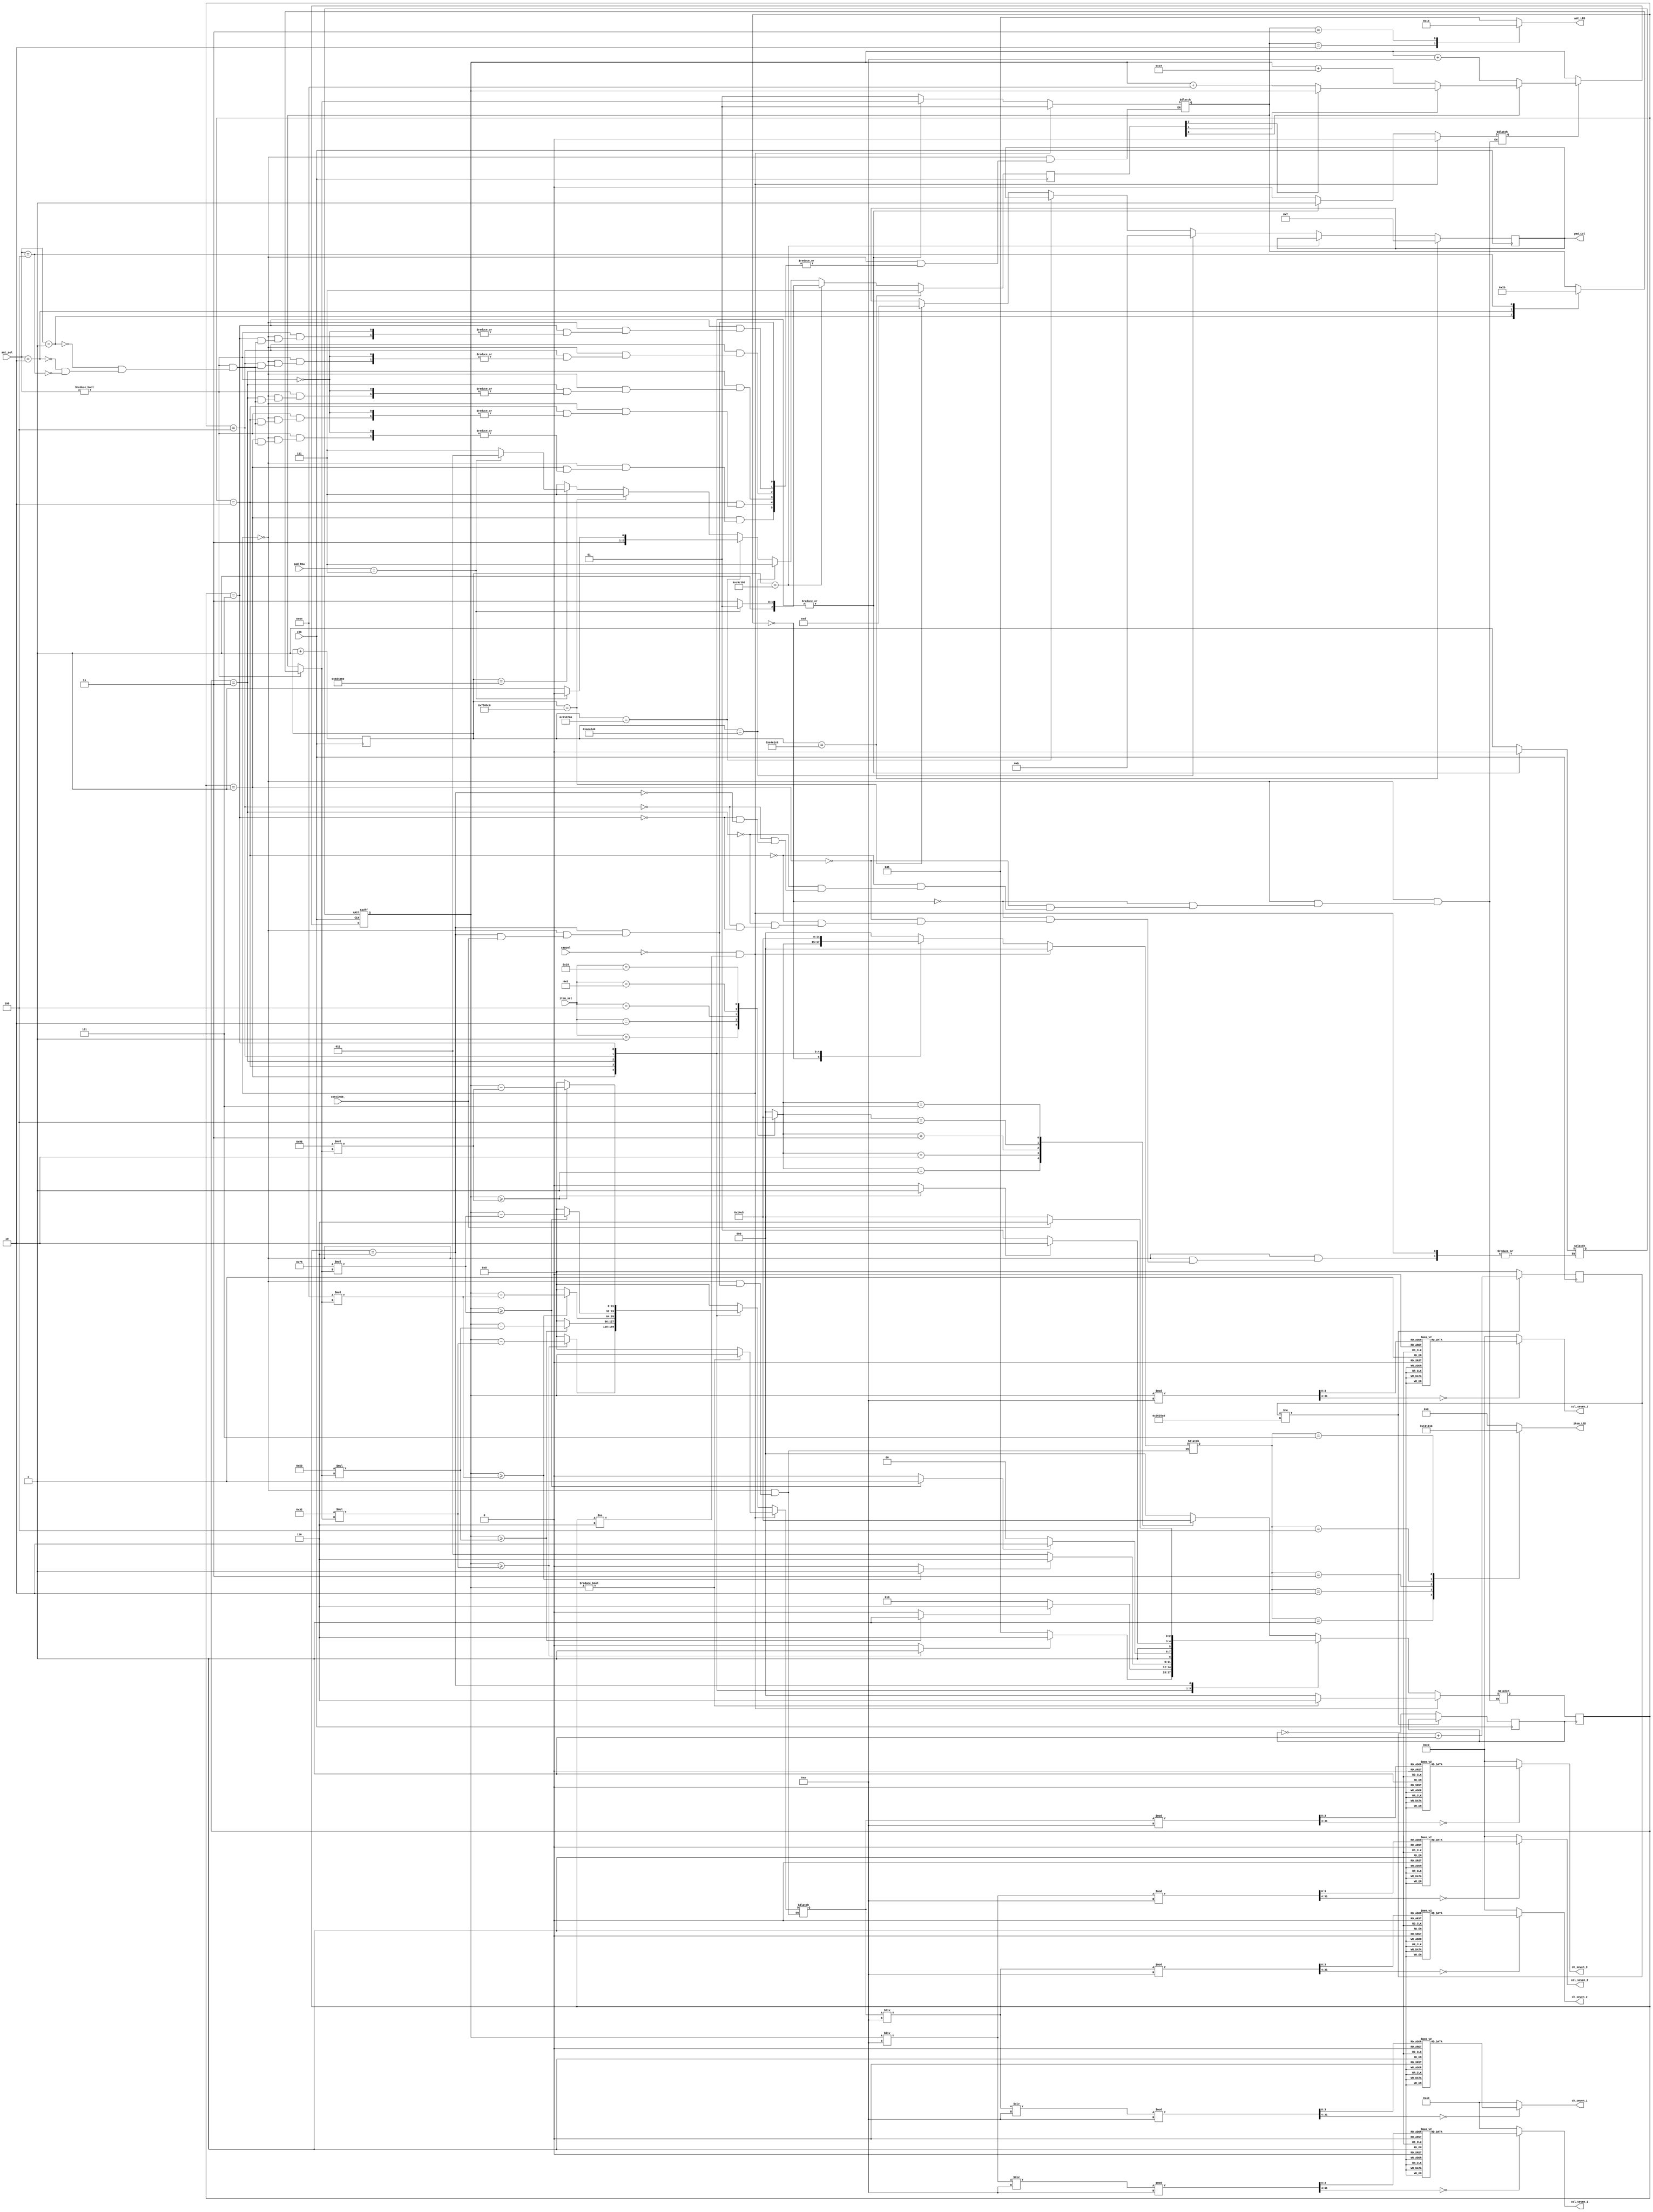
module ee271_final_proj_vendingmachine (clk, cancel, continue_, item_sel, amt_sel, pad_Row, col_seven_1, col_seven_2, col_seven_3, ch_seven_1, ch_seven_2, ch_seven_3, item_LED, amt_LED, pad_Col);


/*
PORTS, REGISTERS AND PARAMETERS
*/
	// CANCEL: Cancel the transaction and return the collected money
	// CONTINUE_: Continue to another purchase
	// COLLECTED: Keep record on collected money
	input				clk, cancel, continue_;
	input	   [4:0]	item_sel;
	input	   [2:0]	amt_sel;
	input	   [3:0]	pad_Row;
	// Display COLLECTED, CHANGE, ITEM, AMOUNT
	output reg [7:0]	col_seven_1;
	output reg [7:0]	col_seven_2;
	output reg [7:0]	col_seven_3;
	output reg [7:0]	ch_seven_1;
	output reg [7:0]	ch_seven_2;
	output reg [7:0]	ch_seven_3;
	output reg [4:0]	item_LED;
	output reg [2:0]	amt_LED;
	output reg [3:0]	pad_Col;

	reg		  [2:0]		COIN;
	reg		  [2:0]		state, next_state;
	// CLOCK for STATE MACHINE
	reg					sclk;
	reg		  [31:0]	count;
	reg		  [23:0]	count_pad;
	// When 0: Disable inserting coins
	reg					insert_en;
	// Display collected money on Seven segment LED
	reg					col_finish;
	reg					col_rst;
	reg		  [31:0]	collected;
	reg		  [31:0]	col_temp;
	reg		  [31:0]	col_mod;
	// Display change on seven segment LED
	reg		  [31:0]	change;
	reg		  [31:0]	ch_temp;
	reg		  [31:0]	ch_mod;
	// Store value of ITEM and AMOUNT
	reg		  [2:0]		item;
	reg		  [1:0]		amt;
	
	// ITEMS
	parameter  [3:0]	A = 4'b0001;
	parameter  [3:0]	B = 4'b0010;
	parameter  [3:0]	C = 4'b0011;
	parameter  [3:0]	D = 4'b0100;
	parameter  [3:0]	E = 4'b0101;
	
	// PRICE of products (cent)
	parameter	price_A = 10'd50;
	parameter	price_B = 10'd80;
	parameter	price_C = 10'd100;
	parameter	price_D = 10'd120;
	parameter	price_E = 10'd150;
	
	// STATES
	parameter  [2:0] S0 = 0;	// IDLE STATE
	parameter  [2:0] S1 = 1;	// A PURCHASE
	parameter  [2:0] S2 = 2;	// B
	parameter  [2:0] S3 = 3;	// C
	parameter  [2:0] S4 = 4;	// D
	parameter  [2:0] S5 = 5;	// E
	parameter  [2:0] S6 = 6;	// RESULTS (including CHANGE)

	
/*
INITIALIZE EVERYTHING
*/
	initial begin
		col_seven_1 	= 8'b01000000;		// 0.
		col_seven_2		= 8'b11000000;		// 0
		col_seven_3		= 8'b11000000;		// 0
		ch_seven_1		= 8'b01000000;		// 0.
		ch_seven_2		= 8'b11000000;		// 0
		ch_seven_3  	= 8'b11000000;		// 0
		amt_LED			= 3'b001;			// Default amount: 1
		item_LED			= 5'b0;
		COIN           = 3'b111;
		state				= S0;
		sclk				= 0;
		count				= 0;
		count_pad      = 20'b0;
		insert_en		= 0;
		col_finish		= 0;
		col_rst			= 0;
	 	collected		= 32'b0;
		col_temp			= 0;
		col_mod			= 0;
		change			= 32'b0;
		ch_temp			= 0;
		ch_mod			= 0;
		item				= 3'b0;
		amt				= 2'b01;
	end
	
	
/*
CLOCK AND STATE REGISTER
*/
	// State machine driven by sclk: ''Hz
	always @ (posedge sclk)
	begin
		state <= next_state;
	end
	
	// SLOW CLOCK (sclk) ''Hz created by 50 MHz clock
	always @ (posedge clk)
	begin
		if (count != 32'b00000000001001100010010110100000)
			count = count + 1;
		else
		begin
			count = 32'b0;
			sclk = ~sclk;
		end
	end
	

/*
MONEY CALCULATION
*/
	// Calculating the COLLECTED amount of money
	always @ (posedge clk or posedge col_rst)
	begin
		if (col_rst) collected <= 0;
		else
		begin
			if(insert_en)
			begin
				if (~COIN[0])
					collected <= collected + 10;
				else if(~COIN[1])
					collected <= collected + 25;
				else if (~COIN[2])
					collected <= collected + 100;
			end
		end
	end

	// TASK for Comparing the price to COLLECTED money & CHANGE calculation
	task comp;
	begin
		col_finish = 0;
			case (item)
				A:
				begin
					if (collected >= (price_A*amt))
					begin
						change = collected - (price_A*amt);
						col_finish = 1;
					end
					else
					begin
						change = 0;
						col_finish = 0;
					end
				end
				B:
				begin
					if (collected >= (price_B*amt))
					begin
						change = collected - (price_B*amt);
						col_finish = 1;
					end
					else
					begin
						change = 0;
						col_finish = 0;
					end
				end
				C:
				begin
					if (collected >= (price_C*amt))
					begin
						change = collected - (price_C*amt);
						col_finish = 1;
					end
					else
					begin
						change = 0;
						col_finish = 0;
					end
				end
				D:
				begin
					if (collected >= (price_D*amt))
					begin
						change = collected - (price_D*amt);
						col_finish = 1;
					end
					else
					begin
						change = 0;
						col_finish = 0;
					end
				end
				E:
				begin
					if (collected >= (price_E*amt))
					begin
						change = collected - (price_E*amt);
						col_finish = 1;
					end
					else
					begin
						change = 0;
						col_finish = 0;
					end
				end
				default:
				begin
					col_finish = 0;
				end
			endcase
	end
	endtask
	
	// Output COLLECTED money on seven segment LED
	always @ (collected)
	begin
		col_temp = collected;
		// col_seven_3
		col_mod = col_temp % 10;
		case (col_mod)
			0: col_seven_3 = 8'b11000000;
			1: col_seven_3 = 8'b11111001;
			2: col_seven_3 = 8'b10100100;
			3: col_seven_3 = 8'b10110000;
			4: col_seven_3 = 8'b10011001;
			5: col_seven_3 = 8'b10010010;
			6: col_seven_3 = 8'b10000010;
			7: col_seven_3 = 8'b11111000;
			8: col_seven_3 = 8'b10000000;
			9: col_seven_3 = 8'b10010000;
			default: col_seven_3 = 8'b11000000;
		endcase
		// col_seven_2
		col_temp = col_temp / 10;
		col_mod = col_temp % 10;
		case (col_mod)
			0: col_seven_2 = 8'b11000000;
			1: col_seven_2 = 8'b11111001;
			2: col_seven_2 = 8'b10100100;
			3: col_seven_2 = 8'b10110000;
			4: col_seven_2 = 8'b10011001;
			5: col_seven_2 = 8'b10010010;
			6: col_seven_2 = 8'b10000010;
			7: col_seven_2 = 8'b11111000;
			8: col_seven_2 = 8'b10000000;
			9: col_seven_2 = 8'b10010000;
			default: col_seven_2 = 8'b11000000;
		endcase
		// col_seven_1
		col_temp = col_temp / 10;
		col_mod = col_temp % 10;
		case (col_mod)
			0: col_seven_1 = 8'b01000000;
			1: col_seven_1 = 8'b01111001;
			2: col_seven_1 = 8'b00100100;
			3: col_seven_1 = 8'b00110000;
			4: col_seven_1 = 8'b00011001;
			5: col_seven_1 = 8'b00010010;
			6: col_seven_1 = 8'b00000010;
			7: col_seven_1 = 8'b01111000;
			8: col_seven_1 = 8'b00000000;
			9: col_seven_1 = 8'b00010000;
			default: col_seven_1 = 8'b01000000;
		endcase
	end

	// Output CHANGE on seven segment LED
	always @ (change)
	begin
		ch_temp = change;
		// ch_seven_3
		ch_mod = ch_temp % 10;
		case (ch_mod)
			0: ch_seven_3 = 8'b11000000;
			1: ch_seven_3 = 8'b11111001;
			2: ch_seven_3 = 8'b10100100;
			3: ch_seven_3 = 8'b10110000;
			4: ch_seven_3 = 8'b10011001;
			5: ch_seven_3 = 8'b10010010;
			6: ch_seven_3 = 8'b10000010;
			7: ch_seven_3 = 8'b11111000;
			8: ch_seven_3 = 8'b10000000;
			9: ch_seven_3 = 8'b10010000;
			default: ch_seven_3 = 8'b11000000;
		endcase
		// ch_seven_2
		ch_temp = ch_temp / 10;
		ch_mod = ch_temp % 10;
		case (ch_mod)
			0: ch_seven_2 = 8'b11000000;
			1: ch_seven_2 = 8'b11111001;
			2: ch_seven_2 = 8'b10100100;
			3: ch_seven_2 = 8'b10110000;
			4: ch_seven_2 = 8'b10011001;
			5: ch_seven_2 = 8'b10010010;
			6: ch_seven_2 = 8'b10000010;
			7: ch_seven_2 = 8'b11111000;
			8: ch_seven_2 = 8'b10000000;
			9: ch_seven_2 = 8'b10010000;
			default: ch_seven_2 = 8'b11000000;
		endcase
		// ch_seven_1
		ch_temp = ch_temp / 10;
		ch_mod = ch_temp % 10;
		case (ch_mod)
			0: ch_seven_1 = 8'b01000000;
			1: ch_seven_1 = 8'b01111001;
			2: ch_seven_1 = 8'b00100100;
			3: ch_seven_1 = 8'b00110000;
			4: ch_seven_1 = 8'b00011001;
			5: ch_seven_1 = 8'b00010010;
			6: ch_seven_1 = 8'b00000010;
			7: ch_seven_1 = 8'b01111000;
			8: ch_seven_1 = 8'b00000000;
			9: ch_seven_1 = 8'b00010000;
			default: ch_seven_1 = 8'b01000000;
		endcase
	end
	
	
/*
KEYPAD INTERFACE	
*/
  always @ (posedge clk)
  begin
		COIN <= 3'b111;
		
		// Scanning the keypad COLUMN by COLUMN
	   if (count_pad == 24'b0111001001110000111000000)
		begin
				// Column 1
				pad_Col <= 4'b0111;		
				count_pad <= count_pad + 1'b1;
		end
			
		else if(count_pad == 24'b01110010011100001110000000)
		begin
			// Row 1
			if (pad_Row == 4'b0111)
			begin
				// Assign 1 DOLLAR
				COIN <= 3'b101;
				count_pad <= 24'b0;
			end
			count_pad <= count_pad + 1'b1;
		end

		else if(count_pad == 24'b010101011101010010101000000)
		begin
			// COLUMN 2
			pad_Col<= 4'b1011;
			count_pad <= count_pad + 1'b1;
		end
		else if(count_pad == 24'b011100100111000011100000000)
		begin
			if (pad_Row == 4'b0111)
			begin
				// Assign 1 QUATER
				COIN <= 4'b110;
				count_pad <= 24'b0;
			end
			count_pad <= count_pad + 1'b1;
		end

		else if(count_pad == 24'b0100011110000110100011000000)
		begin
			// COLUMN 3
			pad_Col <= 4'b1101;
			count_pad <= count_pad + 1'b1;
		end
		else if(count_pad == 24'b0101010111010100101010000000)
		begin
			// ROW 1
			if(pad_Row == 4'b0111)
			begin
				// Assign 1 DIME
				COIN <= 3'b011;
				count_pad <= 24'b0;				
			end
			count_pad <= count_pad + 1'b1;
		end

		else
			count_pad <= count_pad + 1'b1;
   end	


/*
ITEM AND AMOUNT DISPLAY
*/
	always @ (item)
	begin
		case(item)
			0:
			begin
				item_LED = 5'b0;
			end
			A: item_LED = 5'b00001;
			B: item_LED = 5'b00010;
			C: item_LED = 5'b00100;
			D: item_LED = 5'b01000;
			E: item_LED = 5'b10000;
			default: item_LED = 5'b0;

		endcase
	end

	always @ (amt)
	begin
		case(amt)
			1: amt_LED = 3'b001;
			2: amt_LED = 3'b010; 
			3: amt_LED = 3'b100;
			default: amt_LED = 3'b001;
		endcase
	end
	

/*
SEVEN-STATES STATE MACHINE
*/
	always @ (*)
	begin		
		// If the CANCEL is pressed during the purchase, return the money
		if (!cancel && (state != S6))
		begin
			insert_en = 0;
			item = 0;
			amt = 1;
			// If the users has already inserted coins, jump to State 6 to return money; otherwise, stay at S0.
			if (collected)
			begin	
				change = collected;
				next_state = S6;
			end
			else
			begin	
				change = 0;
				next_state = S0;
			end
		end
		else
			case (state)
			
				S0:
				begin
					// RESET everything
					col_rst = 1;
					insert_en = 0;
					change = 0;
					item = 0;
					amt = 1;
					// Triggered when an item is selected (assign the input to item)
					case (item_sel)
						5'b00001: item = A;
						5'b00010: item = B;
						5'b00100: item = C;
						5'b01000: item = D;
						5'b10000: item = E;
						default:;
					endcase
					// Jump to the selected STATE
					case (item)
						A: next_state = S1;
						B: next_state = S2;
						C: next_state = S3;
						D: next_state = S4;
						E: next_state = S5;
						default: next_state = S0;
					endcase
				end
				
				S1:
				begin
					col_rst = 0;
					// Enable inserting COINS
					insert_en = 1;
					// Item A is selected, default amount: 1
					item = A;
					// Assign amount if the user select an AMT
					if (amt_sel)
					begin
						case (amt_sel)
							3'b001: amt = 1;
							3'b010: amt = 2;
							3'b100: amt = 3;
							default:;
						endcase
					end
					// TASK comparing the price to COLLECTED
					comp();
					// If the collected money exceeds the price, jump to S6
					if (col_finish) next_state = S6;
					else next_state = S1;
				end
				
				S2:
				begin
					col_rst = 0;
					insert_en = 1;
					item = B;
					if (amt_sel)
					begin
						case (amt_sel)
							3'b001: amt = 1;
							3'b010: amt = 2;
							3'b100: amt = 3;
							default:;
						endcase
					end
					comp();
					if (col_finish) next_state = S6;
					else next_state = S2;
				end
				
				S3:
				begin
					col_rst = 0;
					insert_en = 1;
					item = C;
					if (amt_sel)
					begin
						case (amt_sel)
							3'b001: amt = 1;
							3'b010: amt = 2;
							3'b100: amt = 3;
							default:;
						endcase
					end
					comp();
					if (col_finish) next_state = S6;
					else next_state = S3;
				end
				
				S4:
				begin
					col_rst = 0;
					insert_en = 1;
					item = D;
					if (amt_sel)
					begin
						case (amt_sel)
							3'b001: amt = 1;
							3'b010: amt = 2;
							3'b100: amt = 3;
							default:;
						endcase
					end
					comp();
					if (col_finish) next_state = S6;
					else next_state = S4;
				end
				
				S5:
				begin
					col_rst = 0;
					insert_en = 1;
					item = E;
					if (amt_sel)
					begin
						case (amt_sel)
							3'b001: amt = 1;
							3'b010: amt = 2;
							3'b100: amt = 3;
							default:;
						endcase
					end
					comp();
					if (col_finish) next_state = S6;
					else next_state = S5;
				end
				
				// Displaying the detail of purchase; waiting for the CONTINUE button to be pressed
				S6:
				begin
					// Disable inserting coins
					insert_en = 0;
					// Proceed to another purchase if the user press CONTINUE button, otherwise, stay at S6
					if (!continue_)
					begin
						next_state = S0;
						insert_en = 0;
						change = 0;
						item = 0;
						amt = 1;
					end
					else
						next_state = S6;
				end
				default:
				begin
					change = 0;
					amt = 1;
					item = 0;
				end
			endcase
		end

		
endmodule